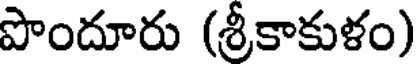
పొందూరు (శ్రీకాకుళం)